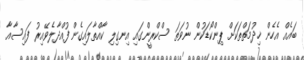
ބައެއް އެހެން ޚިދުމަތްތަކަށް ޕިންކޯޑަކުން ނުވަތަ ސްކްރީންގައި އިނގިލި ކާއްތާލައިގެން ފުއްދާލެވޭއިރު ފައިސާއާ